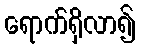
ရောက်ရှိလာ၍